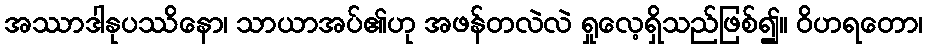
အဿာဒါနုပဿိနော၊ သာယာအပ်၏ဟု အဖန်တလဲလဲ ရှုလေ့ရှိသည်ဖြစ်၍။ ဝိဟရတော၊